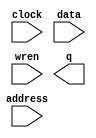
// megafunction wizard: %RAM: 1-PORT%VBB%
// GENERATION: STANDARD
// VERSION: WM1.0
// MODULE: altsyncram 

// ============================================================
// Megafunction Name(s):
// 			altsyncram
//
// Simulation Library Files(s):
// 			altera_mf
// ============================================================
// ************************************************************
// THIS IS A WIZARD-GENERATED FILE. DO NOT EDIT THIS FILE!
//
// 18.1.0 Build 625 09/12/2018 SJ Lite Edition
// ************************************************************

//Copyright (C) 2018  Intel Corporation. All rights reserved.
//Your use of Intel Corporation's design tools, logic functions 
//and other software and tools, and its AMPP partner logic 
//functions, and any output files from any of the foregoing 
//(including device programming or simulation files), and any 
//associated documentation or information are expressly subject 
//to the terms and conditions of the Intel Program License 
//Subscription Agreement, the Intel Quartus Prime License Agreement,
//the Intel FPGA IP License Agreement, or other applicable license
//agreement, including, without limitation, that your use is for
//the sole purpose of programming logic devices manufactured by
//Intel and sold by Intel or its authorized distributors.  Please
//refer to the applicable agreement for further details.

module RAM (
	address,
	clock,
	data,
	wren,
	q);

	input	[6:0]  address;
	input	  clock;
	input	[6:0]  data;
	input	  wren;
	output	[6:0]  q;
`ifndef ALTERA_RESERVED_QIS
// synopsys translate_off
`endif
	tri1	  clock;
`ifndef ALTERA_RESERVED_QIS
// synopsys translate_on
`endif

endmodule

// ============================================================
// CNX file retrieval info
// ============================================================
// Retrieval info: PRIVATE: ADDRESSSTALL_A NUMERIC "0"
// Retrieval info: PRIVATE: AclrAddr NUMERIC "0"
// Retrieval info: PRIVATE: AclrByte NUMERIC "0"
// Retrieval info: PRIVATE: AclrData NUMERIC "0"
// Retrieval info: PRIVATE: AclrOutput NUMERIC "0"
// Retrieval info: PRIVATE: BYTE_ENABLE NUMERIC "0"
// Retrieval info: PRIVATE: BYTE_SIZE NUMERIC "8"
// Retrieval info: PRIVATE: BlankMemory NUMERIC "1"
// Retrieval info: PRIVATE: CLOCK_ENABLE_INPUT_A NUMERIC "0"
// Retrieval info: PRIVATE: CLOCK_ENABLE_OUTPUT_A NUMERIC "0"
// Retrieval info: PRIVATE: Clken NUMERIC "0"
// Retrieval info: PRIVATE: DataBusSeparated NUMERIC "1"
// Retrieval info: PRIVATE: IMPLEMENT_IN_LES NUMERIC "0"
// Retrieval info: PRIVATE: INIT_FILE_LAYOUT STRING "PORT_A"
// Retrieval info: PRIVATE: INIT_TO_SIM_X NUMERIC "0"
// Retrieval info: PRIVATE: INTENDED_DEVICE_FAMILY STRING "Cyclone IV E"
// Retrieval info: PRIVATE: JTAG_ENABLED NUMERIC "1"
// Retrieval info: PRIVATE: JTAG_ID STRING "inst"
// Retrieval info: PRIVATE: MAXIMUM_DEPTH NUMERIC "0"
// Retrieval info: PRIVATE: MIFfilename STRING ""
// Retrieval info: PRIVATE: NUMWORDS_A NUMERIC "128"
// Retrieval info: PRIVATE: RAM_BLOCK_TYPE NUMERIC "0"
// Retrieval info: PRIVATE: READ_DURING_WRITE_MODE_PORT_A NUMERIC "1"
// Retrieval info: PRIVATE: RegAddr NUMERIC "1"
// Retrieval info: PRIVATE: RegData NUMERIC "1"
// Retrieval info: PRIVATE: RegOutput NUMERIC "0"
// Retrieval info: PRIVATE: SYNTH_WRAPPER_GEN_POSTFIX STRING "0"
// Retrieval info: PRIVATE: SingleClock NUMERIC "1"
// Retrieval info: PRIVATE: UseDQRAM NUMERIC "1"
// Retrieval info: PRIVATE: WRCONTROL_ACLR_A NUMERIC "0"
// Retrieval info: PRIVATE: WidthAddr NUMERIC "7"
// Retrieval info: PRIVATE: WidthData NUMERIC "7"
// Retrieval info: PRIVATE: rden NUMERIC "0"
// Retrieval info: LIBRARY: altera_mf altera_mf.altera_mf_components.all
// Retrieval info: CONSTANT: CLOCK_ENABLE_INPUT_A STRING "BYPASS"
// Retrieval info: CONSTANT: CLOCK_ENABLE_OUTPUT_A STRING "BYPASS"
// Retrieval info: CONSTANT: INTENDED_DEVICE_FAMILY STRING "Cyclone IV E"
// Retrieval info: CONSTANT: LPM_HINT STRING "ENABLE_RUNTIME_MOD=YES,INSTANCE_NAME=inst"
// Retrieval info: CONSTANT: LPM_TYPE STRING "altsyncram"
// Retrieval info: CONSTANT: NUMWORDS_A NUMERIC "128"
// Retrieval info: CONSTANT: OPERATION_MODE STRING "SINGLE_PORT"
// Retrieval info: CONSTANT: OUTDATA_ACLR_A STRING "NONE"
// Retrieval info: CONSTANT: OUTDATA_REG_A STRING "UNREGISTERED"
// Retrieval info: CONSTANT: POWER_UP_UNINITIALIZED STRING "FALSE"
// Retrieval info: CONSTANT: READ_DURING_WRITE_MODE_PORT_A STRING "OLD_DATA"
// Retrieval info: CONSTANT: WIDTHAD_A NUMERIC "7"
// Retrieval info: CONSTANT: WIDTH_A NUMERIC "7"
// Retrieval info: CONSTANT: WIDTH_BYTEENA_A NUMERIC "1"
// Retrieval info: USED_PORT: address 0 0 7 0 INPUT NODEFVAL "address[6..0]"
// Retrieval info: USED_PORT: clock 0 0 0 0 INPUT VCC "clock"
// Retrieval info: USED_PORT: data 0 0 7 0 INPUT NODEFVAL "data[6..0]"
// Retrieval info: USED_PORT: q 0 0 7 0 OUTPUT NODEFVAL "q[6..0]"
// Retrieval info: USED_PORT: wren 0 0 0 0 INPUT NODEFVAL "wren"
// Retrieval info: CONNECT: @address_a 0 0 7 0 address 0 0 7 0
// Retrieval info: CONNECT: @clock0 0 0 0 0 clock 0 0 0 0
// Retrieval info: CONNECT: @data_a 0 0 7 0 data 0 0 7 0
// Retrieval info: CONNECT: @wren_a 0 0 0 0 wren 0 0 0 0
// Retrieval info: CONNECT: q 0 0 7 0 @q_a 0 0 7 0
// Retrieval info: GEN_FILE: TYPE_NORMAL RAM.v TRUE
// Retrieval info: GEN_FILE: TYPE_NORMAL RAM.inc FALSE
// Retrieval info: GEN_FILE: TYPE_NORMAL RAM.cmp FALSE
// Retrieval info: GEN_FILE: TYPE_NORMAL RAM.bsf FALSE
// Retrieval info: GEN_FILE: TYPE_NORMAL RAM_inst.v TRUE
// Retrieval info: GEN_FILE: TYPE_NORMAL RAM_bb.v TRUE
// Retrieval info: LIB_FILE: altera_mf